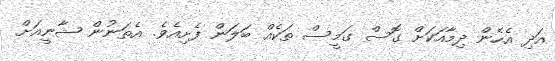
އަދި އެހެން ދިމާއަކަށް ގޮސް ގަމީސް ތަކެއް ބަލަން ފެށިއެވެ. އެތަނުން ޝާނީއަށް